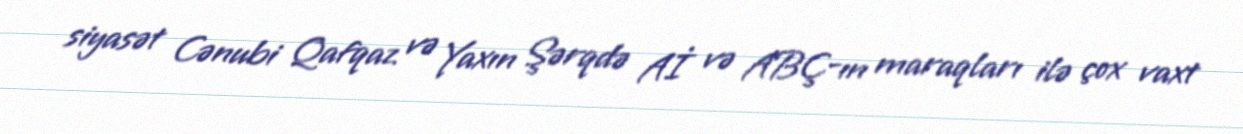
siyasət Cənubi Qafqaz və Yaxın Şərqdə Aİ və ABÇ-ın maraqları ilə çox vaxt